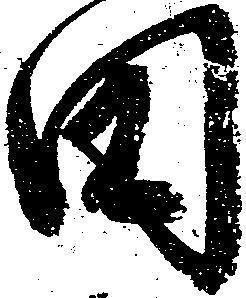
田